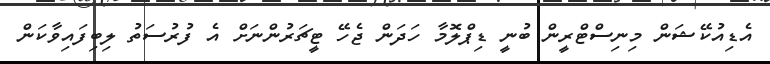
އެޑިއުކޭޝަން މިނިސްޓްރީން ބުނީ ޑިޕްލޮމާ ހަދަން ޖެހޭ ޓީޗަރުންނަށް އެ ފުރުސަތު ލިބިފައިވާކަން